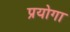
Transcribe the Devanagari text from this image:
प्रयोगा